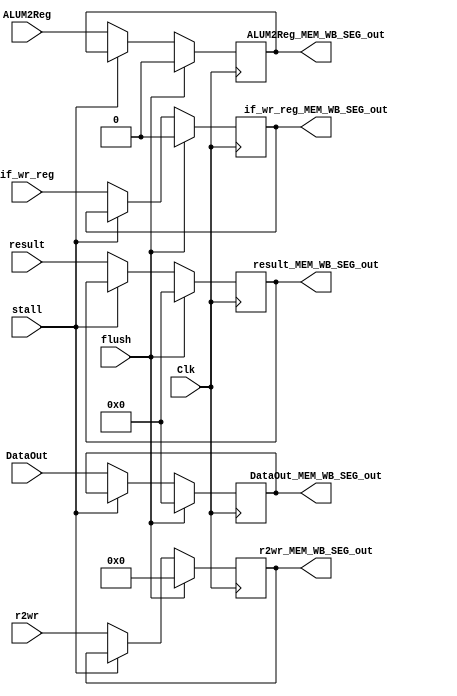
`timescale 1ns / 1ps
//////////////////////////////////////////////////////////////////////////////////
// Company: 
// Engineer: 
// 
// Design Name: 
// Module Name:    MEM_WB_SEG 
// Project Name: 
// Target Devices: 
// Tool versions: 
// Description: 
//
// Dependencies: 
//
// Revision: 
// Revision 0.01 - File Created
// Additional Comments: 
//
//////////////////////////////////////////////////////////////////////////////////
module MEM_WB_SEG(
input Clk,
input stall,
input flush,

input [31:0] result,
input [31:0] DataOut,
input  ALUM2Reg,
input [4:0] r2wr,
input if_wr_reg,

output reg [31:0] result_MEM_WB_SEG_out,
output reg [31:0] DataOut_MEM_WB_SEG_out,
output reg ALUM2Reg_MEM_WB_SEG_out,
output reg [4:0] r2wr_MEM_WB_SEG_out,
output reg if_wr_reg_MEM_WB_SEG_out
    );

always@(posedge Clk)
begin

if(flush)
begin
 result_MEM_WB_SEG_out <= 32'b0;
 DataOut_MEM_WB_SEG_out <= 32'b0;
 ALUM2Reg_MEM_WB_SEG_out <= 1'b0;
 r2wr_MEM_WB_SEG_out <= 5'b0;
 if_wr_reg_MEM_WB_SEG_out <= 1'b0;
end

else if(~stall)
begin
  //#5
  result_MEM_WB_SEG_out <= result;
  DataOut_MEM_WB_SEG_out <= DataOut;
  ALUM2Reg_MEM_WB_SEG_out <= ALUM2Reg;
  r2wr_MEM_WB_SEG_out <= r2wr;
  if_wr_reg_MEM_WB_SEG_out <= if_wr_reg;
end

end
endmodule